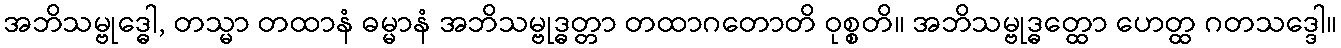
အဘိသမ္ဗုဒ္ဓေါ, တသ္မာ တထာနံ ဓမ္မာနံ အဘိသမ္ဗုဒ္ဓတ္တာ တထာဂတောတိ ဝုစ္စတိ။ အဘိသမ္ဗုဒ္ဓတ္ထော ဟေတ္ထ ဂတသဒ္ဒေါ။